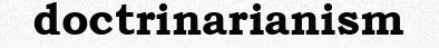
doctrinarianism